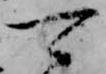
可